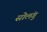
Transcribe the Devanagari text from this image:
सोलंगु